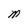
Character: M